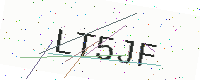
Text: LT5JF